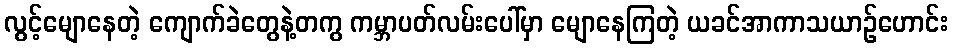
လွင့်မျောနေတဲ့ ကျောက်ခဲတွေနဲ့တကွ ကမ္ဘာပတ်လမ်းပေါ်မှာ မျောနေကြတဲ့ ယခင်အာကာသယာဉ်ဟောင်း